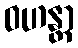
ဝဟန္တာ